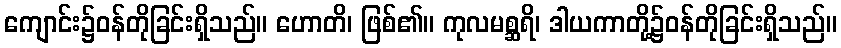
ကျောင်း၌ဝန်တိုခြင်းရှိသည်။ ဟောတိ၊ ဖြစ်၏။ ကုလမစ္ဆရိ၊ ဒါယကာတို့၌ဝန်တိုခြင်းရှိသည်။